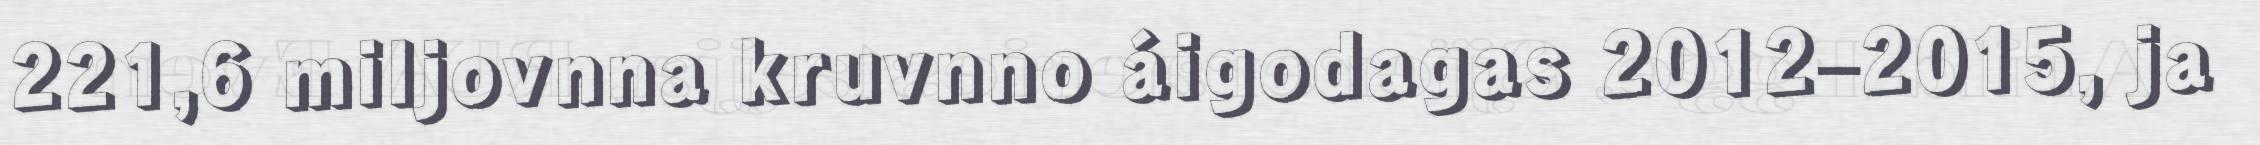
221,6 miljovnna kruvnno áigodagas 2012–2015, ja